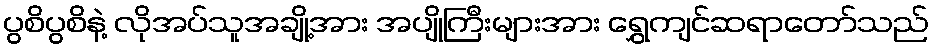
ပွစိပွစိနဲ့ လိုအပ်သူအချို့အား အပျိုကြီးများအား ရွှေကျင်ဆရာတော်သည်